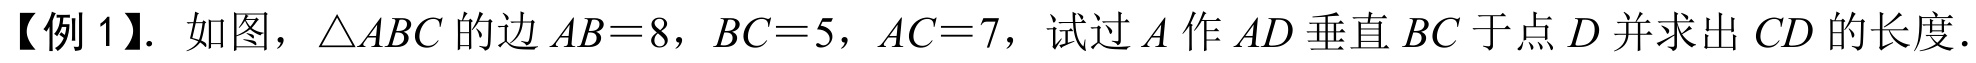
【例1】. 如图，\(\triangle ABC\)的边\(AB = 8\)，\(BC = 5\)，\(AC = 7\)，试过\(A\)作\(AD\)垂直\(BC\)于点\(D\)并求出\(CD\)的长度.